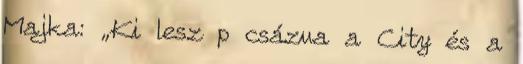
Majka: „Ki lesz p csázva a City és a